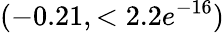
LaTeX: (-0.21,<2.2e^{-16})